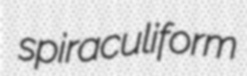
spiraculiform